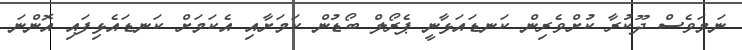
ނަމަވެސް ދޫކުރާ ކުށްވެރިން ކަނޑައަޅާނީ ޕެރޯލް ބޯޑުން ކަމަށާއި އެކަމަށް ކަނޑައެޅިފައި އޮންނަ